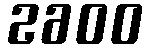
2600